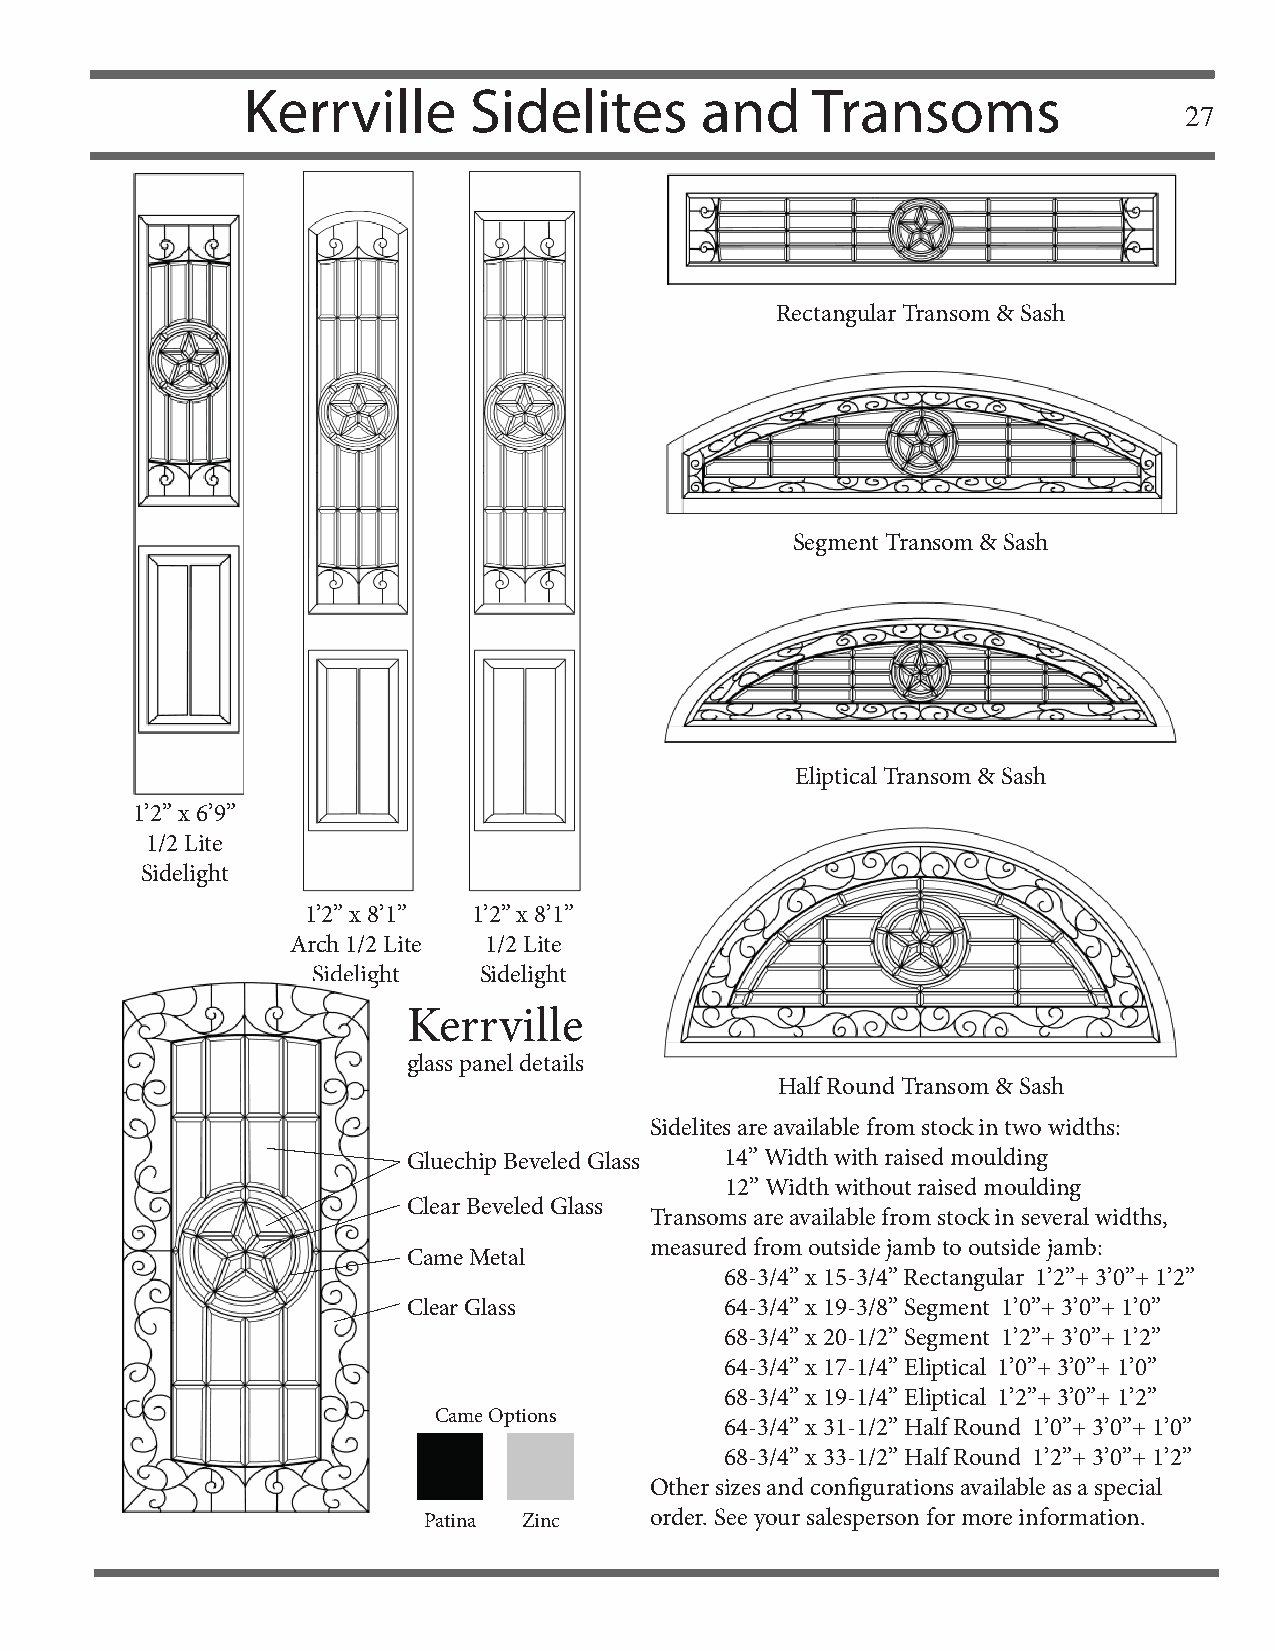
Kerrville      Sidelites      and     Transoms
 27
 Rectangular Transom & Sash
 Segment Transom & Sash
 Eliptical Transom & Sash
 1’2” x 6’9”
 1/2 Lite
 Sidelight
 1’2” x 8’1” 1’2” x 8’1”
 Arch 1/2 Lite 1/2 Lite
 Sidelight  Sidelight
 Kerrville
 glass panel details
 Half Round Transom & Sash
 Sidelites are available from stock in two widths:
 Gluechip Beveled Glass 14” Width with raised moulding
 12” Width without raised moulding
 Clear Beveled Glass
 Transoms are available from stock in several widths,
 measured from outside jamb to outside jamb:
 Came Metal
 68-3/4” x 15-3/4” Rectangular 1’2”+ 3’0”+ 1’2”
 Clear Glass          64-3/4” x 19-3/8” Segment 1’0”+ 3’0”+ 1’0”
 68-3/4” x 20-1/2” Segment 1’2”+ 3’0”+ 1’2”
 64-3/4” x 17-1/4” Eliptical 1’0”+ 3’0”+ 1’0”
 68-3/4” x 19-1/4” Eliptical 1’2”+ 3’0”+ 1’2”
 Came Options
 64-3/4” x 31-1/2” Half Round 1’0”+ 3’0”+ 1’0”
 68-3/4” x 33-1/2” Half Round 1’2”+ 3’0”+ 1’2”
 Other sizes and confi gurations available as a special
 Patina Zinc    order. See your salesperson for more information.